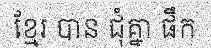
ខ្មែរ បាន ជុំគ្នា ផឹក